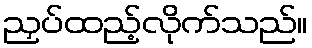
ညှပ်ထည့်လိုက်သည်။